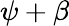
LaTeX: \psi+\beta